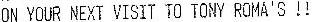
ON YOUR NEXT VISIT TO TONY ROMA'S!!